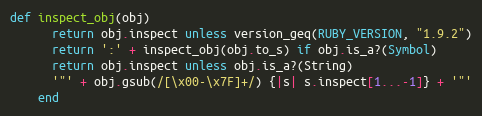
Language: Ruby
def inspect_obj(obj)
      return obj.inspect unless version_geq(RUBY_VERSION, "1.9.2")
      return ':' + inspect_obj(obj.to_s) if obj.is_a?(Symbol)
      return obj.inspect unless obj.is_a?(String)
      '"' + obj.gsub(/[\x00-\x7F]+/) {|s| s.inspect[1...-1]} + '"'
    end